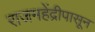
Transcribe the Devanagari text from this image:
राजमहेंद्रीपासून